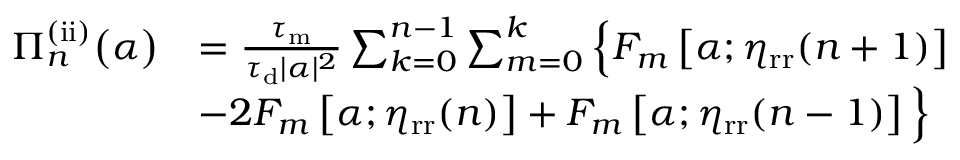
\begin{array} { r l } { \Pi _ { n } ^ { \mathrm { ( i i ) } } \big ( \alpha \big ) } & { = \frac { \tau _ { \mathrm { m } } } { \tau _ { \mathrm { d } } | \alpha | ^ { 2 } } \sum _ { k = 0 } ^ { n - 1 } \sum _ { m = 0 } ^ { k } \Big \{ F _ { m } \left[ \alpha ; \eta _ { \mathrm { r r } } ( n + 1 ) \right] } \\ & { - 2 F _ { m } \left[ \alpha ; \eta _ { \mathrm { r r } } ( n ) \right] + F _ { m } \left[ \alpha ; \eta _ { \mathrm { r r } } ( n - 1 ) \right] \Big \} } \end{array}